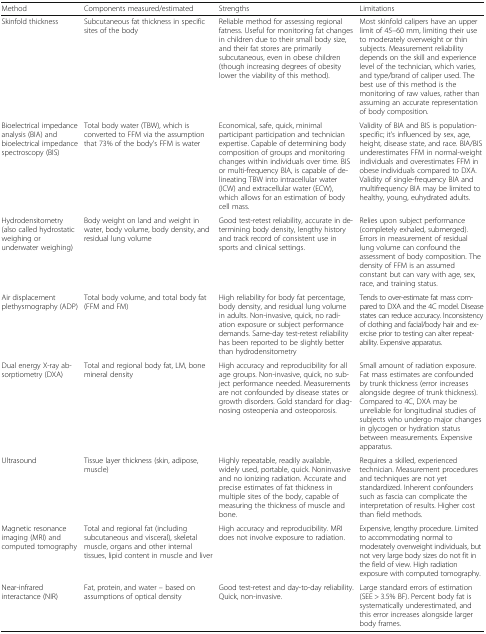
<table><thead><tr><td><b>Method</b></td><td><b>Components measured/estimated</b></td><td><b>Strengths</b></td><td><b>Limitations</b></td></tr></thead><tbody><tr><td>Skinfold thickness</td><td>Subcutaneous fat thickness in specific sites of the body</td><td>Reliable method for assessing regional fatness. Useful for monitoring fat changes in children due to their small body size, and their fat stores are primarily subcutaneous, even in obese children (though increasing degrees of obesity lower the viability of this method).</td><td>Most skinfold calipers have an upper limit of 45–60 mm, limiting their use to moderately overweight or thin subjects. Measurement reliability depends on the skill and experience level of the technician, which varies, and type/brand of caliper used. The best use of this method is the monitoring of raw values, rather than assuming an accurate representation of body composition.</td></tr><tr><td>Bioelectrical impedance analysis (BIA) and bioelectrical impedance spectroscopy (BIS)</td><td>Total body water (TBW), which is converted to FFM via the assumption that 73% of the body’s FFM is water</td><td>Economical, safe, quick, minimal participant participation and technician expertise. Capable of determining body composition of groups and monitoring changes within individuals over time. BIS or multi-frequency BIA, is capable of delineating TBW into intracellular water (ICW) and extracellular water (ECW), which allows for an estimation of body cell mass.</td><td>Validity of BIA and BIS is population-specific; it’s influenced by sex, age, height, disease state, and race. BIA/BIS underestimates FFM in normal-weight individuals and overestimates FFM in obese individuals compared to DXA. Validity of single-frequency BIA and multifrequency BIA may be limited to healthy, young, euhydrated adults.</td></tr><tr><td>Hydrodensitometry (also called hydrostatic weighing or underwater weighing)</td><td>Body weight on land and weight in water, body volume, body density, and residual lung volume</td><td>Good test-retest reliability, accurate in determining body density, lengthy history and track record of consistent use in sports and clinical settings.</td><td>Relies upon subject performance (completely exhaled, submerged). Errors in measurement of residual lung volume can confound the assessment of body composition. The density of FFM is an assumed constant but can vary with age, sex, race, and training status.</td></tr><tr><td>Air displacement plethysmography (ADP)</td><td>Total body volume, and total body fat (FFM and FM)</td><td>High reliability for body fat percentage, body density, and residual lung volume in adults. Non-invasive, quick, no radiation exposure or subject performance demands. Same-day test-retest reliability has been reported to be slightly better than hydrodensitometry</td><td>Tends to over-estimate fat mass compared to DXA and the 4C model. Disease states can reduce accuracy. Inconsistency of clothing and facial/body hair and exercise prior to testing can alter repeatability. Expensive apparatus.</td></tr><tr><td>Dual energy X-ray absorptiometry (DXA)</td><td>Total and regional body fat, LM, bone mineral density</td><td>High accuracy and reproducibility for all age groups. Non-invasive, quick, no subject performance needed. Measurements are not confounded by disease states or growth disorders. Gold standard for diagnosing osteopenia and osteoporosis.</td><td>Small amount of radiation exposure. Fat mass estimates are confounded by trunk thickness (error increases alongside degree of trunk thickness). Compared to 4C, DXA may be unreliable for longitudinal studies of subjects who undergo major changes in glycogen or hydration status between measurements. Expensive apparatus.</td></tr><tr><td>Ultrasound</td><td>Tissue layer thickness (skin, adipose, muscle)</td><td>Highly repeatable, readily available, widely used, portable, quick. Noninvasive and no ionizing radiation. Accurate and precise estimates of fat thickness in multiple sites of the body, capable of measuring the thickness of muscle and bone.</td><td>Requires a skilled, experienced technician. Measurement procedures and techniques are not yet standardized. Inherent confounders such as fascia can complicate the interpretation of results. Higher cost than field methods.</td></tr><tr><td>Magnetic resonance imaging (MRI) and computed tomography</td><td>Total and regional fat (including subcutaneous and visceral), skeletal muscle, organs and other internal tissues, lipid content in muscle and liver</td><td>High accuracy and reproducibility. MRI does not involve exposure to radiation.</td><td>Expensive, lengthy procedure. Limited to accommodating normal to moderately overweight individuals, but not very large body sizes do not fit in the field of view. High radiation exposure with computed tomography.</td></tr><tr><td>Near-infrared interactance (NIR)</td><td>Fat, protein, and water – based on assumptions of optical density</td><td>Good test-retest and day-to-day reliability. Quick, non-invasive.</td><td>Large standard errors of estimation (SEE &gt; 3.5% BF). Percent body fat is systematically underestimated, and this error increases alongside larger body frames.</td></tr></tbody></table>